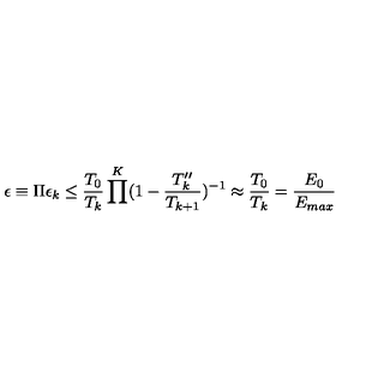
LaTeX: \epsilon \equiv \Pi \epsilon _ { k } \leq \frac { T _ { 0 } } { T _ { k } } \prod ^ { K } ( 1 - \frac { T _ { k } ^ { \prime \prime } } { T _ { k + 1 } } ) ^ { - 1 } \approx \frac { T _ { 0 } } { T _ { k } } = \frac { E _ { 0 } } { E _ { m a x } }